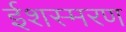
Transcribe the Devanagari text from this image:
ईशस्मरण